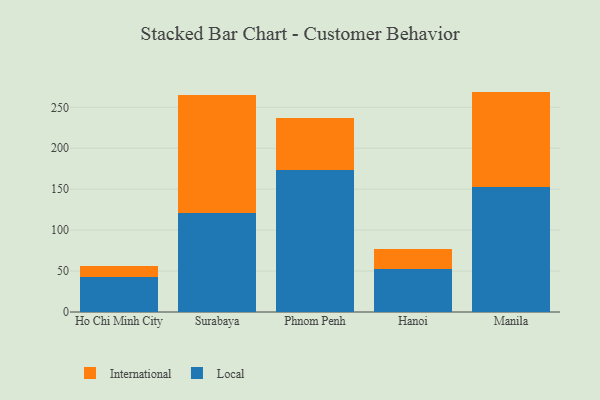
{"axis": {"x": "City", "y": "Waste Production (Tons)"}, "legend": ["International", "Local"], "data": [{"x": "Ho Chi Minh City", "y": 42.4, "type": "Local"}, {"x": "Ho Chi Minh City", "y": 13.5, "type": "International"}, {"x": "Surabaya", "y": 120.7, "type": "Local"}, {"x": "Surabaya", "y": 144.8, "type": "International"}, {"x": "Phnom Penh", "y": 173.3, "type": "Local"}, {"x": "Phnom Penh", "y": 63.5, "type": "International"}, {"x": "Hanoi", "y": 52.7, "type": "Local"}, {"x": "Hanoi", "y": 24.3, "type": "International"}, {"x": "Manila", "y": 152.8, "type": "Local"}, {"x": "Manila", "y": 116.4, "type": "International"}]}